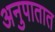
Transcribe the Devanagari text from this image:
अनुपातात